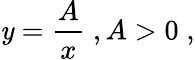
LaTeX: \mathit{y}={\frac{{A}}{{x}}}\; ,A>0\; ,